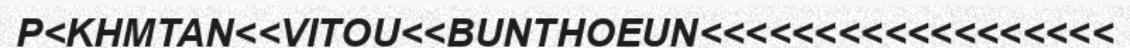
P<KHMTAN<<VITOU<<BUNTHOEUN<<<<<<<<<<<<<<<<<<